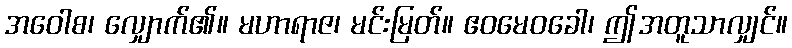
အဝေါစ၊ လျှောက်၏။ မဟာရာဇ၊ မင်းမြတ်။ ဧဝမေဝခေါ၊ ဤအတူသာလျှင်။